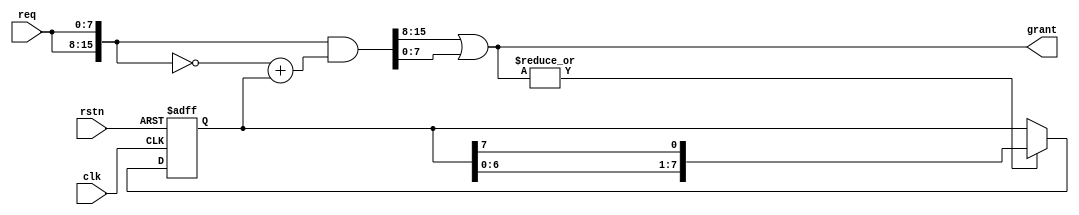
module rra(
    input clk, rstn,
    input [7:0] req,
    output [7:0] grant
);

reg [7:0] p;
wire any_grant;

always @(posedge clk or negedge rstn) begin
    if(~rstn) begin
        p <= 1;
    end else begin
        if (any_grant) begin
            p <= {p[6:0],p[7]};
        end
    end
end

`ifdef PPA
wire [7:0] r;
wire [7:0] redu_s1_gp, redu_s1_gr, redu_s2_gp, redu_s2_gr, redu_s3_gp, redu_s3_gr;
wire [7:0] x;

assign r = {req[6:0], req[7]};

/* Stage 1 */
full_reduction_unit fru_s1_b7(p[7], ~r[6], p[6], ~r[5], redu_s1_gp[7], redu_s1_gr[7]);
full_reduction_unit fru_s1_b6(p[6], ~r[5], p[5], ~r[4], redu_s1_gp[6], redu_s1_gr[6]);
full_reduction_unit fru_s1_b5(p[5], ~r[4], p[4], ~r[3], redu_s1_gp[5], redu_s1_gr[5]);
full_reduction_unit fru_s1_b4(p[4], ~r[3], p[3], ~r[2], redu_s1_gp[4], redu_s1_gr[4]);
full_reduction_unit fru_s1_b3(p[3], ~r[2], p[2], ~r[1], redu_s1_gp[3], redu_s1_gr[3]);
full_reduction_unit fru_s1_b2(p[2], ~r[1], p[1], ~r[0], redu_s1_gp[2], redu_s1_gr[2]);
full_reduction_unit fru_s1_b1(p[1], ~r[0], p[0], ~r[7], redu_s1_gp[1], redu_s1_gr[1]);

assign redu_s1_gp[0] = p[0];
assign redu_s1_gr[0] = ~r[0];

/* Stage 2 */
full_reduction_unit fru_s2_b7(redu_s1_gp[7], redu_s1_gr[7], redu_s1_gp[5], redu_s1_gr[5], redu_s2_gp[7], redu_s2_gr[7]);
full_reduction_unit fru_s2_b6(redu_s1_gp[6], redu_s1_gr[6], redu_s1_gp[4], redu_s1_gr[4], redu_s2_gp[6], redu_s2_gr[6]);
full_reduction_unit fru_s2_b5(redu_s1_gp[5], redu_s1_gr[5], redu_s1_gp[3], redu_s1_gr[3], redu_s2_gp[5], redu_s2_gr[5]);
full_reduction_unit fru_s2_b4(redu_s1_gp[4], redu_s1_gr[4], redu_s1_gp[2], redu_s1_gr[2], redu_s2_gp[4], redu_s2_gr[4]);
full_reduction_unit fru_s2_b3(redu_s1_gp[3], redu_s1_gr[3], redu_s1_gp[1], redu_s1_gr[1], redu_s2_gp[3], redu_s2_gr[3]);
full_reduction_unit fru_s2_b2(redu_s1_gp[2], redu_s1_gr[2], redu_s1_gp[0], redu_s1_gr[0], redu_s2_gp[2], redu_s2_gr[2]);

assign redu_s2_gp[1] = redu_s1_gp[1];
assign redu_s2_gr[1] = redu_s1_gr[1];
assign redu_s2_gp[0] = redu_s1_gp[0];
assign redu_s2_gr[0] = redu_s1_gr[0];


/* Stage 3 */
full_reduction_unit fru_s3_b7(redu_s2_gp[7], redu_s2_gr[7], redu_s2_gp[3], redu_s2_gr[3], redu_s3_gp[7], redu_s3_gr[7]);
full_reduction_unit fru_s3_b6(redu_s2_gp[6], redu_s2_gr[6], redu_s2_gp[2], redu_s2_gr[2], redu_s3_gp[6], redu_s3_gr[6]);
full_reduction_unit fru_s3_b5(redu_s2_gp[5], redu_s2_gr[5], redu_s2_gp[1], redu_s2_gr[1], redu_s3_gp[5], redu_s3_gr[5]);
full_reduction_unit fru_s3_b4(redu_s2_gp[4], redu_s2_gr[4], redu_s2_gp[0], redu_s2_gr[0], redu_s3_gp[4], redu_s3_gr[4]);

assign redu_s3_gp[3] = redu_s2_gp[3];
assign redu_s3_gr[3] = redu_s2_gr[3];
assign redu_s3_gp[2] = redu_s2_gp[2];
assign redu_s3_gr[2] = redu_s2_gr[2];
assign redu_s3_gp[1] = redu_s2_gp[1];
assign redu_s3_gr[1] = redu_s2_gr[1];
assign redu_s3_gp[0] = redu_s2_gp[0];
assign redu_s3_gr[0] = redu_s2_gr[0];

/* Stage 4 */
assign x[7] = redu_s3_gp[7];
half_reduction_unit hru_s4_6(redu_s3_gp[6], redu_s3_gr[6], x[7], x[6]);
half_reduction_unit hru_s4_5(redu_s3_gp[5], redu_s3_gr[5], x[7], x[5]);
half_reduction_unit hru_s4_4(redu_s3_gp[4], redu_s3_gr[4], x[7], x[4]);
half_reduction_unit hru_s4_3(redu_s3_gp[3], redu_s3_gr[3], x[7], x[3]);
half_reduction_unit hru_s4_2(redu_s3_gp[2], redu_s3_gr[2], x[7], x[2]);
half_reduction_unit hru_s4_1(redu_s3_gp[1], redu_s3_gr[1], x[7], x[1]);
half_reduction_unit hru_s4_0(redu_s3_gp[0], redu_s3_gr[0], x[7], x[0]);

/* Output */
assign grant = x & req;
assign any_grant = ~redu_s3_gr[7];

`else 

`ifdef PSPPA

wire [7:0] x;
wire [7:0] nr;

assign nr = ~req;

assign x[0] =   p[0] + 
                (& nr[7:1]) & p[1] +
                (& nr[7:2]) & p[2] +
                (& nr[7:3]) & p[3] +
                (& nr[7:4]) & p[4] +
                (& nr[7:5]) & p[5] +
                (& nr[7:6]) & p[6] +
                nr[7] & p[7];

assign x[1] =   p[1] +
                (& nr[7:2]) & nr[0] & p[2] +
                (& nr[7:3]) & nr[0] & p[3] +
                (& nr[7:4]) & nr[0] & p[4] +
                (& nr[7:5]) & nr[0] & p[5] +
                (& nr[7:6]) & nr[0] & p[6] +
                nr[7] & nr [0] & p[7] +
                nr[0] & p[0];

assign x[2] =   p[2] +
                (& nr[7:3]) & (& nr[1:0]) & p[3] +
                (& nr[7:4]) & (& nr[1:0]) & p[4] +
                (& nr[7:5]) & (& nr[1:0]) & p[5] +
                (& nr[7:6]) & (& nr[1:0]) & p[6] +
                nr[7] & (& nr[1:0]) & p[7] +
                (& nr[1:0]) & p[0] +
                nr[1] & p[1];

assign x[3] =   p[3] +
                (& nr[7:4]) & (& nr[2:0]) & p[4] +
                (& nr[7:5]) & (& nr[2:0]) & p[5] +
                (& nr[7:6]) & (& nr[2:0]) & p[6] +
                nr[7] & (& nr[2:0]) & p[7] +
                (& nr[2:0]) & p[0] +
                (& nr[2:1]) & p[1] +
                nr[2] & p[2];

assign x[4] =   p[4] +
                (& nr[7:5]) & (& nr[3:0]) & p[5] +
                (& nr[7:6]) & (& nr[3:0]) & p[6] +
                nr[7] & (& nr[3:0]) & p[7] +
                (& nr[3:0]) & p[0] +
                (& nr[3:1]) & p[1] +
                (& nr[3:2]) & p[2] +
                nr[3] & p[3];

assign x[5] =   p[5] +
                (& nr[7:6]) & (& nr[4:0]) & p[6] +
                nr[7] & (& nr[4:0]) & p[7] +
                (& nr[4:0]) & p[0] +
                (& nr[4:1]) & p[1] +
                (& nr[4:2]) & p[2] +
                (& nr[4:3]) & p[3] +
                nr[4] & p[4];

assign x[6] =   p[6] +
                nr[7] & (& nr[5:0]) & p[7] +
                (& nr[5:0]) & p[0] +
                (& nr[5:1]) & p[1] +
                (& nr[5:2]) & p[2] +
                (& nr[5:3]) & p[3] +
                (& nr[5:4]) & p[4] +
                nr[5] & p[5];

assign x[7] =   p[7] +
                (& nr[6:0]) & p[0] +
                (& nr[6:1]) & p[1] +
                (& nr[6:2]) & p[2] +
                (& nr[6:3]) & p[3] +
                (& nr[6:4]) & p[4] +
                (& nr[6:5]) & p[5] +
                nr[6] & p[6];

assign grant = x & req;

`else

wire [15:0] d_req, d_grant;
assign d_req = {req,req};
assign d_grant = d_req & (~d_req+p);
assign grant = d_grant[15:8] | d_grant[7:0];

`endif

assign any_grant = |grant;

`endif
endmodule